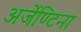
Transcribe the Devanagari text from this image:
अर्जेण्टिना